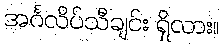
အင်္ဂလိပ်သီချင်း ရှိလား။